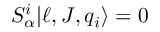
S _ { \alpha } ^ { i } | \ell , J , q _ { i } \rangle = 0